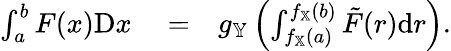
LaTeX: \begin{array}{rlr}{\int_{a}^{b}F(x)\mathrm{D}x}&{{}=}&{g_{\mathbb{Y}}\left(\int_{f_{\mathbb{X}}(a)}^{f_{\mathbb{X}}(b)}\tilde{F}(r)\mathrm{d}r\right).}\end{array}